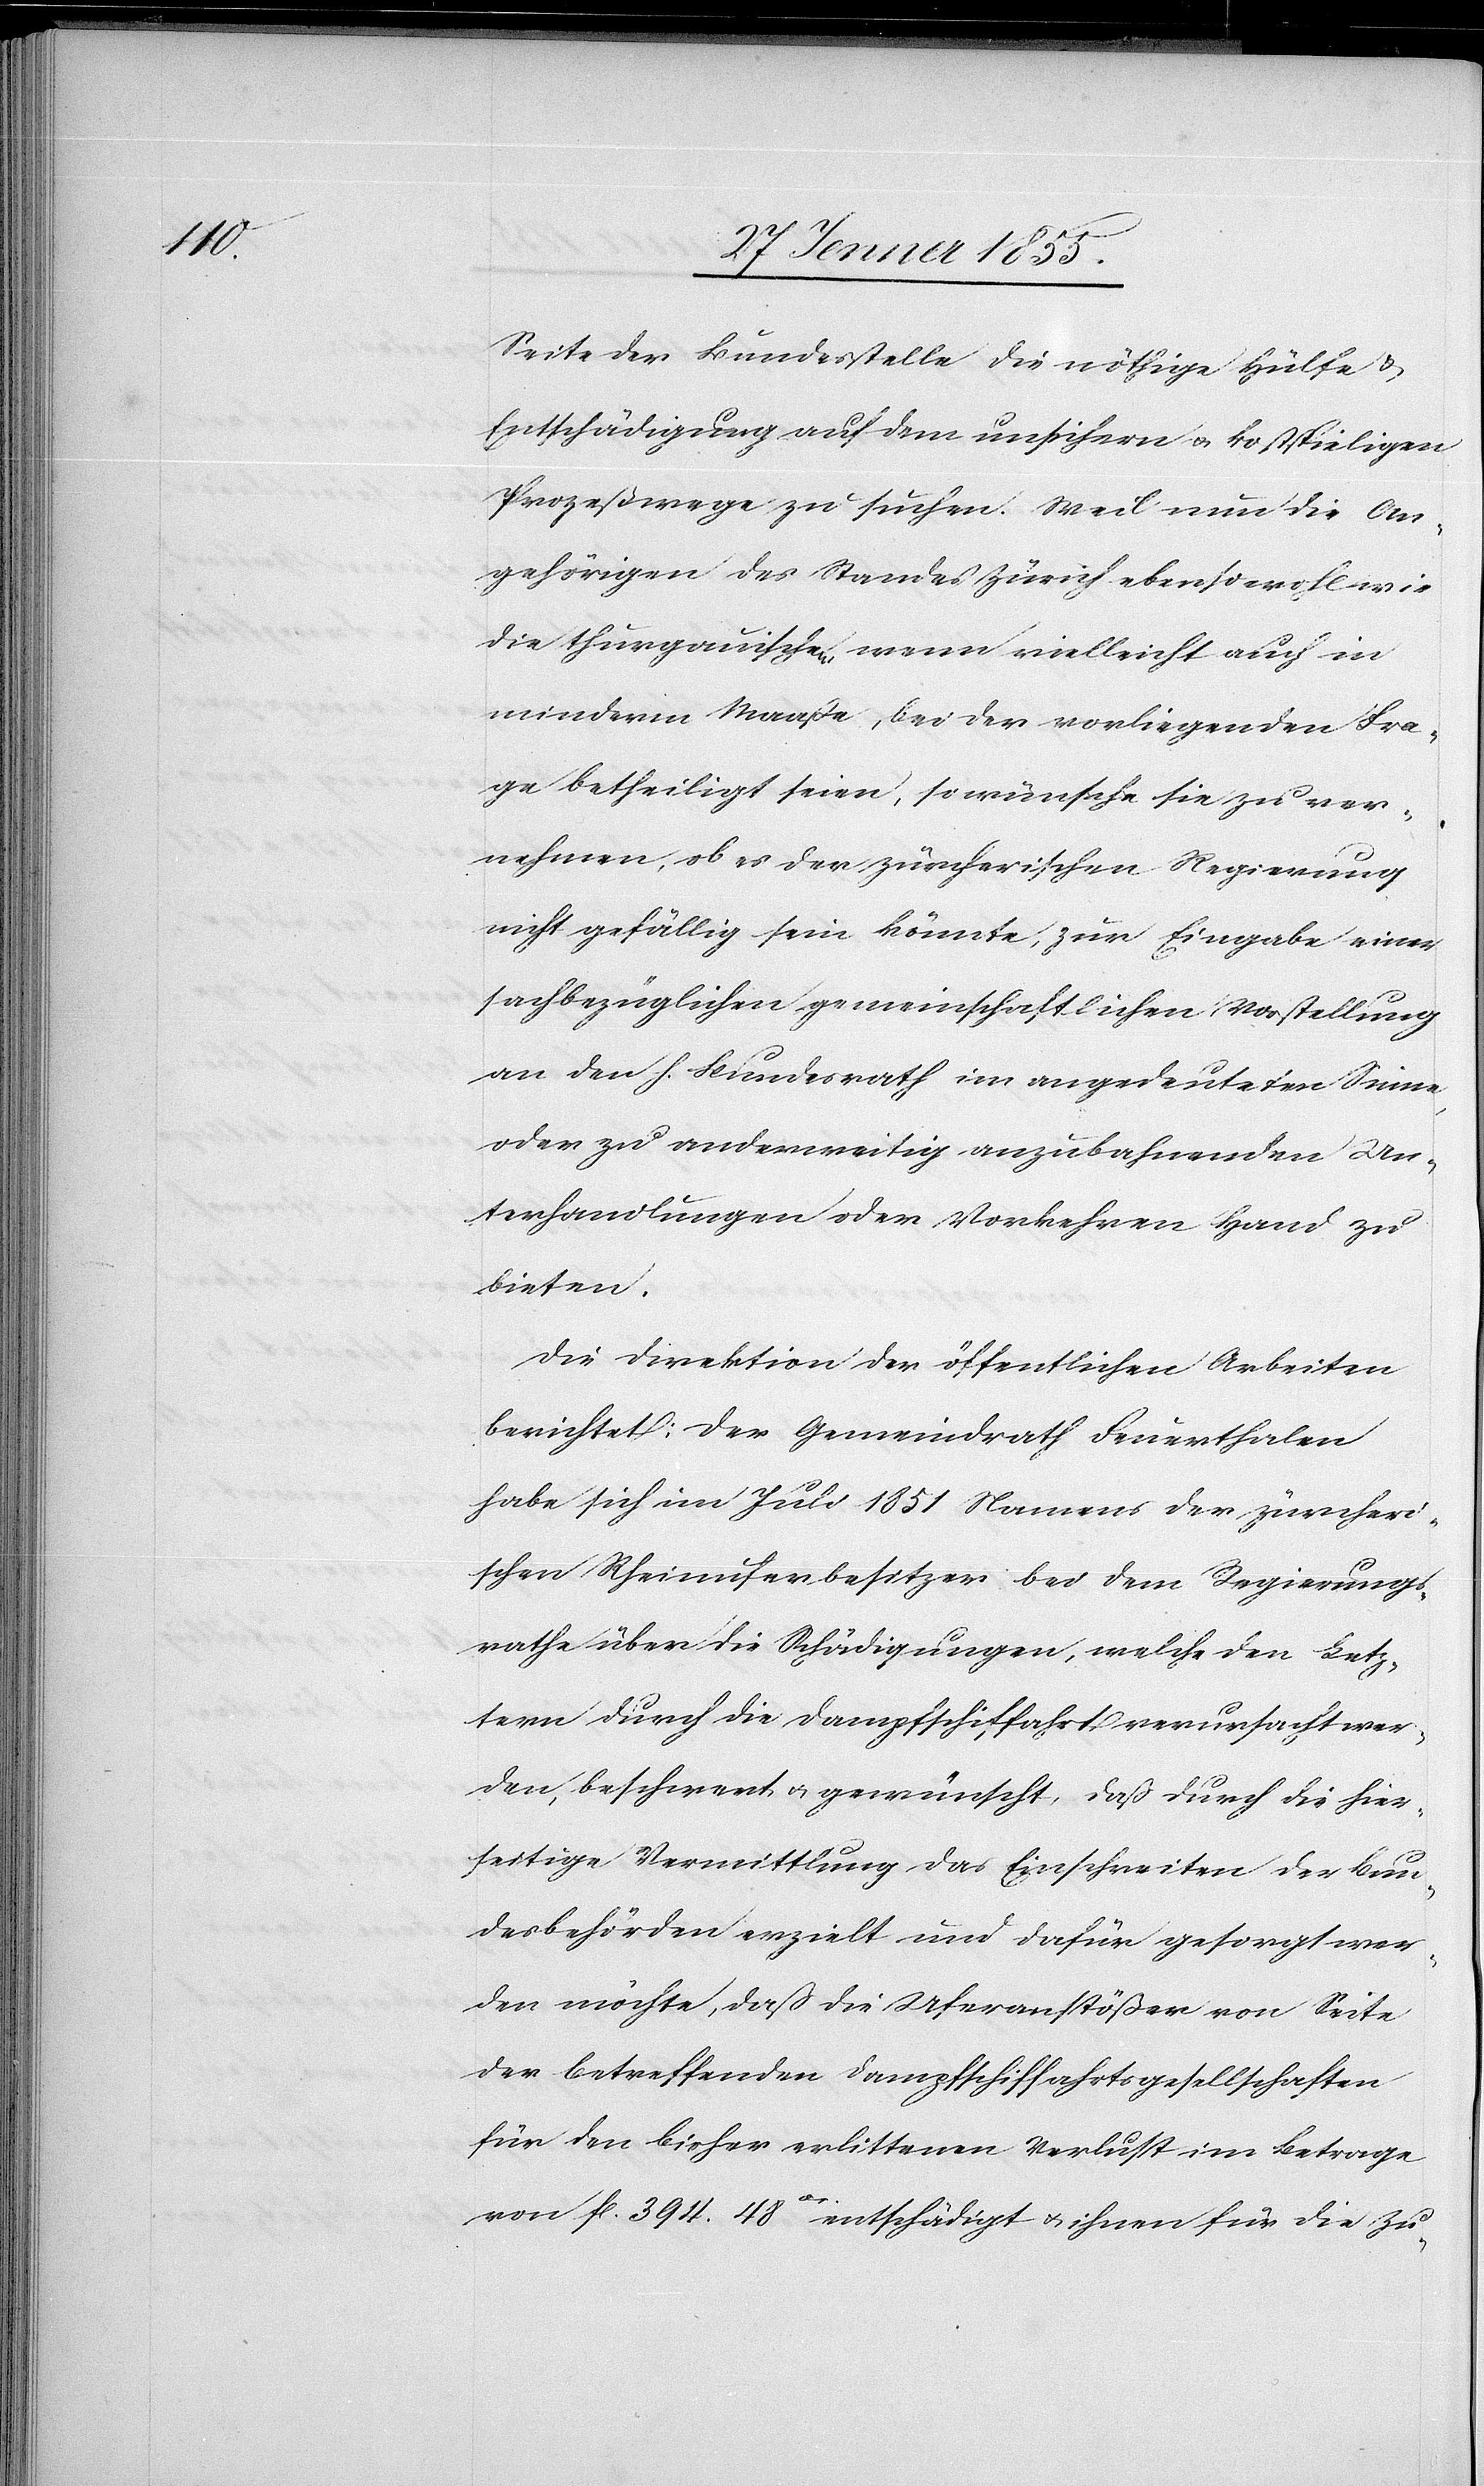
Seite der Bundesstelle die nöthige Hülfe &
Entschädigung auf dem unsichern & kostspieligen
Prozeßwege zu suchen. Weil nun die An¬
gehörigen des Standes Zürich ebensowohl wie
die thurgauischen, wenn vielleicht auch in
minderm Maaße, bei der vorliegenden Fra¬
ge betheiligt seien, so wünsche sie zu ver¬
nehmen, ob es der zürcherischen Regierung
nicht gefällig sein könnte, zur Eingabe einer
sachbezüglichen gemeinschaftlichen Vorstellung
an den h. Bundesrath im angedeuteten Sinne,
oder zu anderweitig anzubahnenden Un¬
terhandlungen oder Vorkehren Hand zu
bieten.
Die Direktion der öffentlichen Arbeiten
berichtet: Der Gemeindrath Feuerthalen
habe sich im Juli 1851 Namens der zürcheri¬
schen Rheinuferbesitzer bei dem Regierungs¬
rathe über die Schädigungen, welche den Letz¬
tern durch die Dampfschiffahrt verursacht wer¬
den, beschwert & gewünscht, daß durch die hier¬
seitige Vermittlung das Einschreiten der Bun¬
desbehörden erzielt und dafür gesorgt wer¬
den möchte, daß die Uferanstößer von Seite
der betreffenden Dampfschiffahrtsgesellschaften
für den bisher erlittenen Verlust im Betrage
von fl. 394. 48cs. entschädigt & ihnen für die Zu-